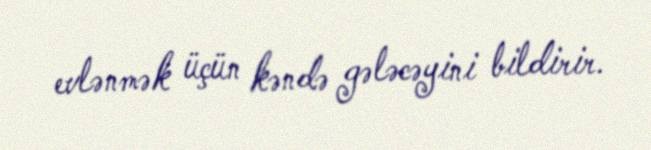
evlənmək üçün kəndə gələcəyini bildirir.